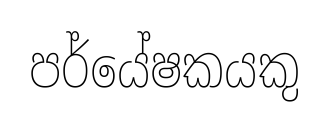
පර්යේෂකයකු